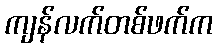
ကျန်လက်တစ်ဖက်က